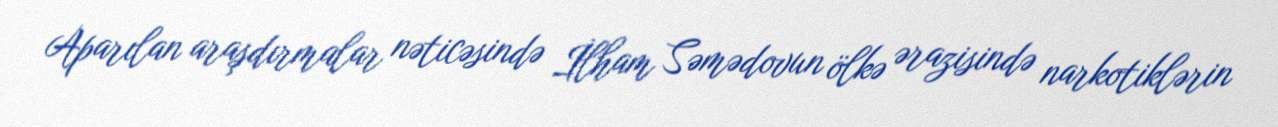
Aparılan araşdırmalar nəticəsində İlham Səmədovun ölkə ərazisində narkotiklərin